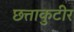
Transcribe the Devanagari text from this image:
छत्ताकुटीर